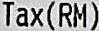
TAX(RM)